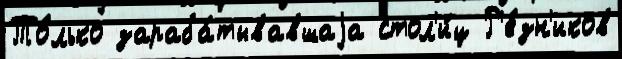
То́лько зараба́тывавшаjа стол'и́ц Р'е́зн'иков